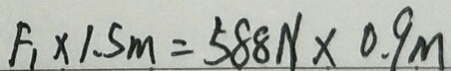
F _ { 1 } \times 1 . 5 m = 5 8 8 N \times 0 . 9 m